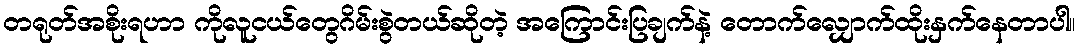
တရုတ်အစိုးရဟာ ကိုလူငယ်တွေဂိမ်းစွဲတယ်ဆိုတဲ့ အကြောင်းပြချက်နဲ့ တောက်လျှောက်ထိုးနှက်နေတာပါ။